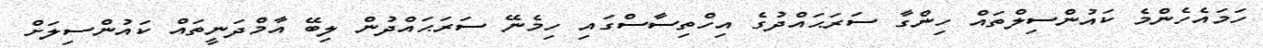
ހަމައެހެންމެ ކައުންސިލްތައް ހިންގާ ސަރަޙައްދުގެ އިހްތިސާސްގައި ހިމެނޭ ސަރަޙައްދުން ލިބޭ އާމްދަނީތައް ކައުންސިލަށް